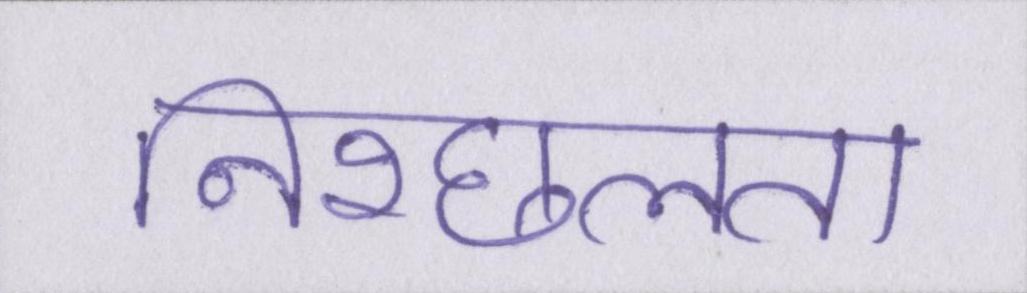
निश्छलता